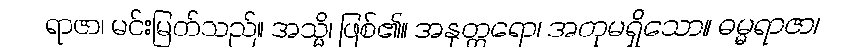
ရာဇာ၊ မင်းမြတ်သည်။ အသ္မိ၊ ဖြစ်၏။ အနုတ္တရော၊ အတုမရှိသော။ ဓမ္မရာဇာ၊